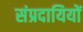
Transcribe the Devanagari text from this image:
संप्रदायियों